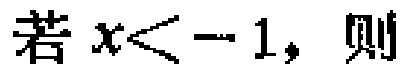
若 \(x < - 1\)，则